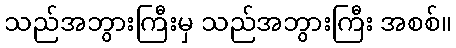
သည်အဘွားကြီးမှ သည်အဘွားကြီး အစစ်။